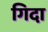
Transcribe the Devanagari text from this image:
गिदा